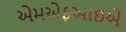
એમએફઆઇએ